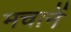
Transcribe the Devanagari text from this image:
मचानें